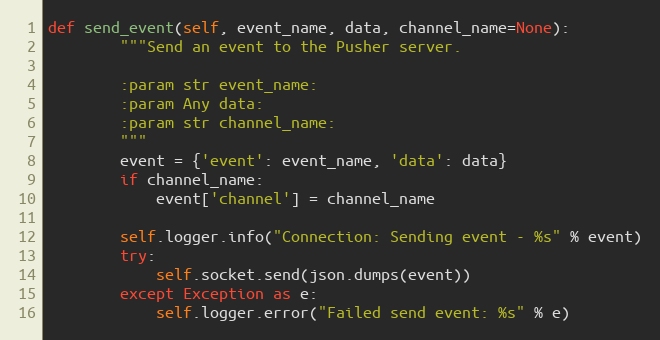
Language: Python
def send_event(self, event_name, data, channel_name=None):
        """Send an event to the Pusher server.

        :param str event_name:
        :param Any data:
        :param str channel_name:
        """
        event = {'event': event_name, 'data': data}
        if channel_name:
            event['channel'] = channel_name

        self.logger.info("Connection: Sending event - %s" % event)
        try:
            self.socket.send(json.dumps(event))
        except Exception as e:
            self.logger.error("Failed send event: %s" % e)